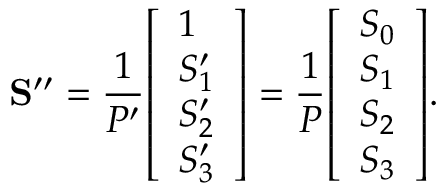
\mathbf { S ^ { \prime \prime } } = { \frac { 1 } { P ^ { \prime } } } { \left[ \begin{array} { l } { 1 } \\ { S _ { 1 } ^ { \prime } } \\ { S _ { 2 } ^ { \prime } } \\ { S _ { 3 } ^ { \prime } } \end{array} \right] } = { \frac { 1 } { P } } { \left[ \begin{array} { l } { S _ { 0 } } \\ { S _ { 1 } } \\ { S _ { 2 } } \\ { S _ { 3 } } \end{array} \right] } .